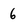
Character: 6